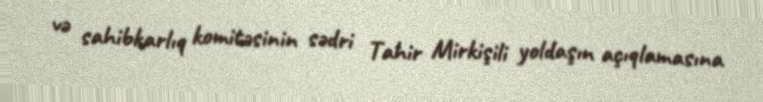
və sahibkarlıq komitəsinin sədri Tahir Mirkişili yoldaşın açıqlamasına